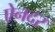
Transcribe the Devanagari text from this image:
ऐनदर